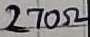
Text: 270Ω